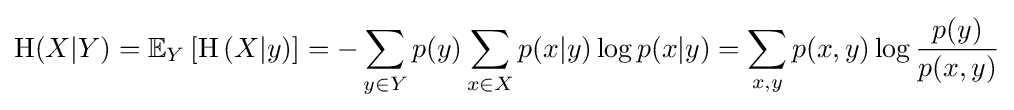
\mathrm {H} (X|Y)=\mathbb {E} _{Y}\left[\mathrm {H} \left(X|y\right)\right]=-\sum _{y\in Y}p(y)\sum _{x\in X}p(x|y)\log p(x|y)=\sum _{x,y}p(x,y)\log {\frac {p(y)}{p(x,y)}}